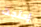
إحتجت